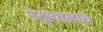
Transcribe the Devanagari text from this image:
नेतृत्वालाच